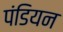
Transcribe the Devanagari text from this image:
पंडियन